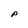
Character: P